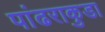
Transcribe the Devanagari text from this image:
पांढराकुडा